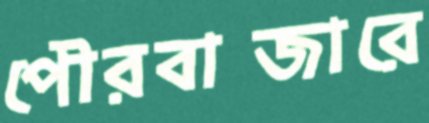
পৌরবাজারে